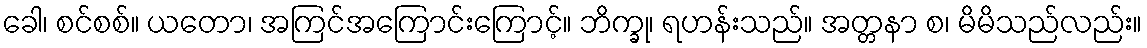
ခေါ၊ စင်စစ်။ ယတော၊ အကြင်အကြောင်းကြောင့်။ ဘိက္ခု၊ ရဟန်းသည်။ အတ္တနာ စ၊ မိမိသည်လည်း။